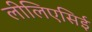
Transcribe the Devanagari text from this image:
लीलिएसिई